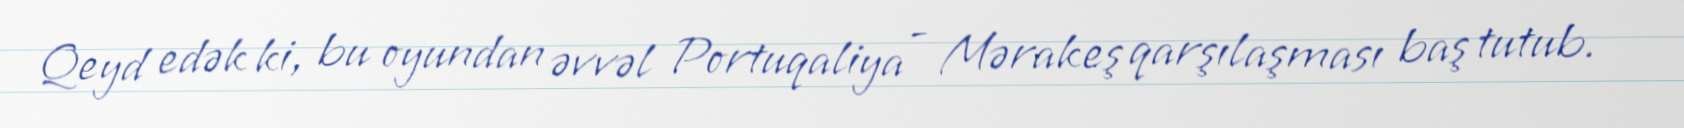
Qeyd edək ki, bu oyundan əvvəl Portuqaliya - Mərakeş qarşılaşması baş tutub.